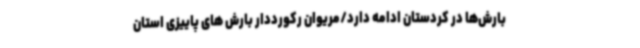
بارش‌ها در کردستان ادامه دارد/مریوان رکورددار بارش های پاییزی استان